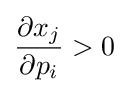
{\frac {\partial x_{j}}{\partial p_{i}}}>0